Sketch of the medical history of the native army of Bombay, for the year
Year: 1872
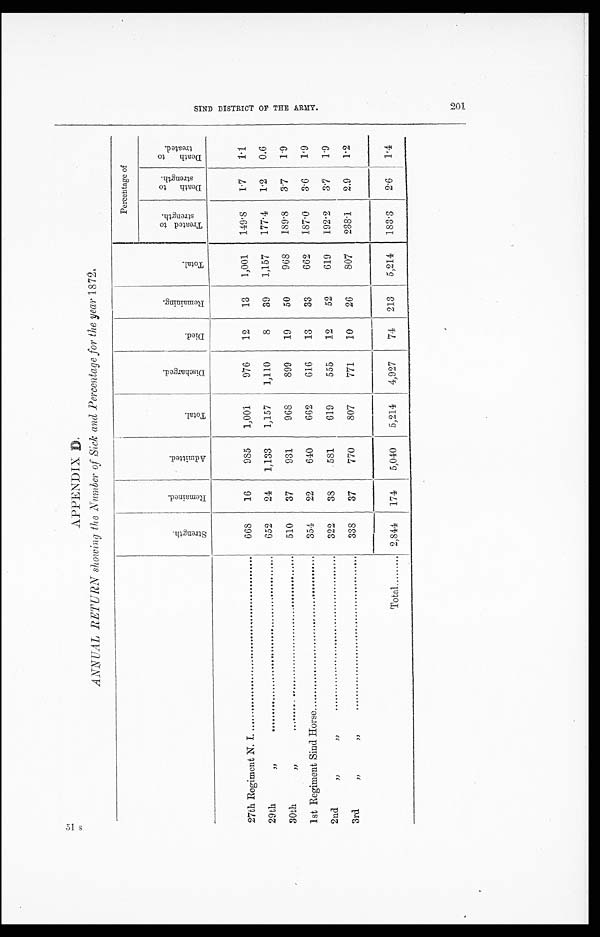
APPENDIX D
ANNUAL RETURN showing the Number of Sick and Percentage for the year 1872.
St r e ngt h.
R e m a i n e d .
A d m i t t e d .
Tot al .
Di s c h a r g e d .
Died.
R e m a i n i n g .
Total .
Percentage of
T r e a t e d t o s t r e n g t h .
D e a t h t o s t r e n g t h .
De a t h t o t r e a t e d .
27th Regiment N. I.
668
16
985
1,001
976
12
13
1,001
149.8
1.7
1.1
29th "
652
24
1,133
1,157
1,110
8
89
1,157
177.4
1.2
0.6
30th "
510
37
931
968
899
19
50
968
189.8
3.7
1.9
1st Regiment Sind Horse
354
22
640
662
616
13
33
662
137.0
3.6
1.9
2nd " "
3 2 2
38
5 8 1
619
555
12
52
619
192.2
3.7
1.0
3rd " "
338
37
770
807
771
10
26
807
238.1
2.9
1.2
Total
2,844
174
5,040
5,214
4,927
74
213
5,214
183.3
2.6
1.4
S I N D D I S T R I C T O F T H E A R M Y . 2 0 1